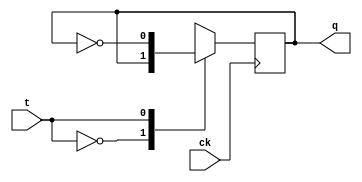



module tflipflop(ck, t, q);

input t, ck;
output q;
reg q;

wire t,ck;


always @(posedge ck)
begin 

case (t)

1'b0 : q<=q;
1'b1 : q<= ~q;
1'bx : q<=q;




endcase


end 

endmodule